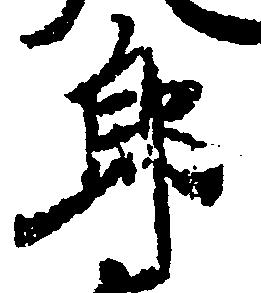
郎